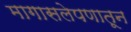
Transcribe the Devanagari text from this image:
मागासलेपणातून